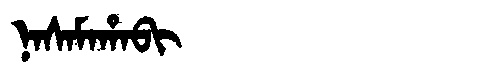
Manchu: ᠨᠠᠰᠠᠮᠠᡥᠠᠪᡳ
Romanization: NASAMAHABI